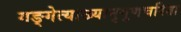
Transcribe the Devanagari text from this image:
गङ्गेत्याख्यानुगुणचरिता